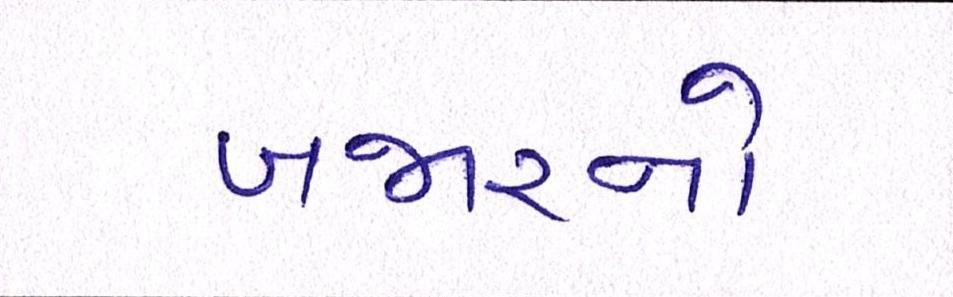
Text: બજારનો